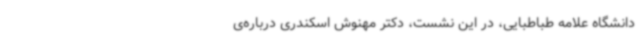
دانشگاه علامه طباطبایی، در این نشست، دکتر مهنوش اسکندری درباره‌ی